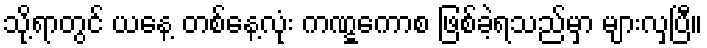
သို့ရာတွင် ယနေ့ တစ်နေ့လုံး ကဏ္ဋကောစ ဖြစ်ခဲ့ရသည်မှာ များလှပြီ။